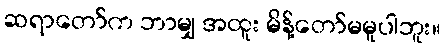
ဆရာတော်က ဘာမျှ အထူး မိန့်တော်မမူပါဘူး။